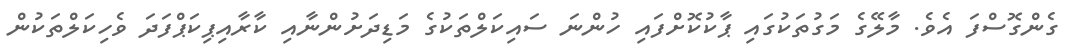
ގެންގޮސްފަ އެވެ. މާލޭގެ މަގުތަކުގައި ޕާކުކޮށްފައި ހުންނަ ސައިކަލްތަކުގެ މަޑިދަށުންނާއި ކާރާއިޕިކަޕްފަދަ ވެހިކަލްތަކުން